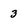
Character: 3